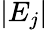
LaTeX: \left\vert E_{j}\right\vert